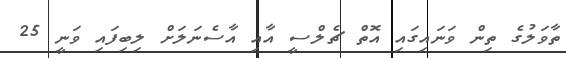
ތާވަލުގެ ތިން ވަނައިގައި އޮތް ޗެލްސީ އާއި އާސެނަލަށް ލިބިފައި ވަނީ 25